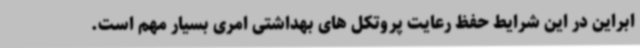
ابراین در این شرایط حفظ رعایت پروتکل های بهداشتی امری بسیار مهم است.